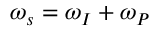
\omega _ { s } = \omega _ { I } + \omega _ { P }